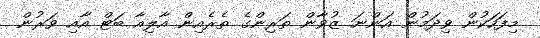
މިފަހަކުން ވިދަމުން އަންނަ ޒުވާން ތަރިންގެ ތެރެއިން އާލިއާ ބަޓް އާއި ވަރުން